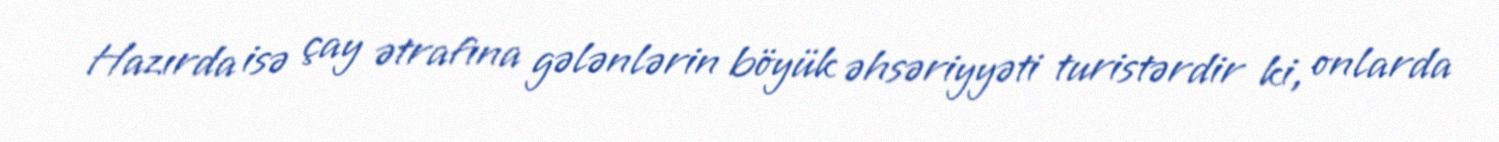
Hazırda isə çay ətrafına gələnlərin böyük əhsəriyyəti turistərdir ki, onlarda